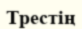
Трестің